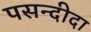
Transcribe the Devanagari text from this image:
पसन्‍दीदा